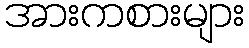
အားကစားများ